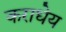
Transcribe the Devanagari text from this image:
कराधेय